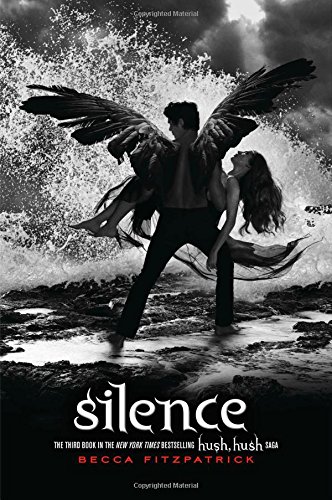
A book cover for Silence (The Hush, Hush Saga); Becca Fitzpatrick; Teen & Young Adult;